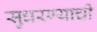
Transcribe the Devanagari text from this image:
सुधरण्याची